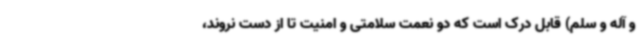
و آله و سلم) قابل درک است که دو نعمت سلامتی و امنیت تا از دست نروند،